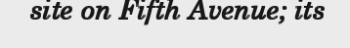
site on Fifth Avenue; its